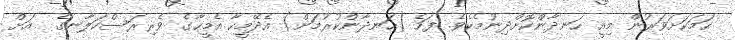
ހަމަކަށަވަރުން މިއީ ހަނދާންކޮށްދިނުމެކެވެ. ފަހެ (ހަނދާންކުރުމަށް) އެދޭމީހާ އެމީހާގެ ވެރިރަސްކަލާނގެ  އަށް